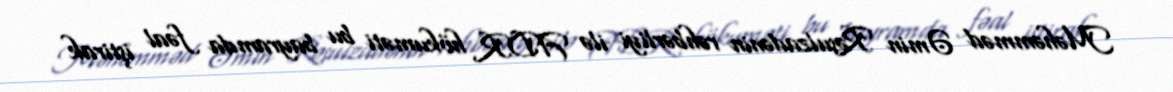
Məhəmməd Əmin Rəsulzadənin rəhbərliyi ilə ADR hökuməti bu bayramda fəal iştirak